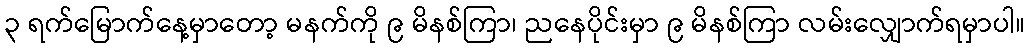
၃ ရက်မြောက်နေ့မှာတော့ မနက်ကို ၉ မိနစ်ကြာ၊ ညနေပိုင်းမှာ ၉ မိနစ်ကြာ လမ်းလျှောက်ရမှာပါ။